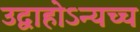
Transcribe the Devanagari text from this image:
उद्वाहोऽन्यच्च